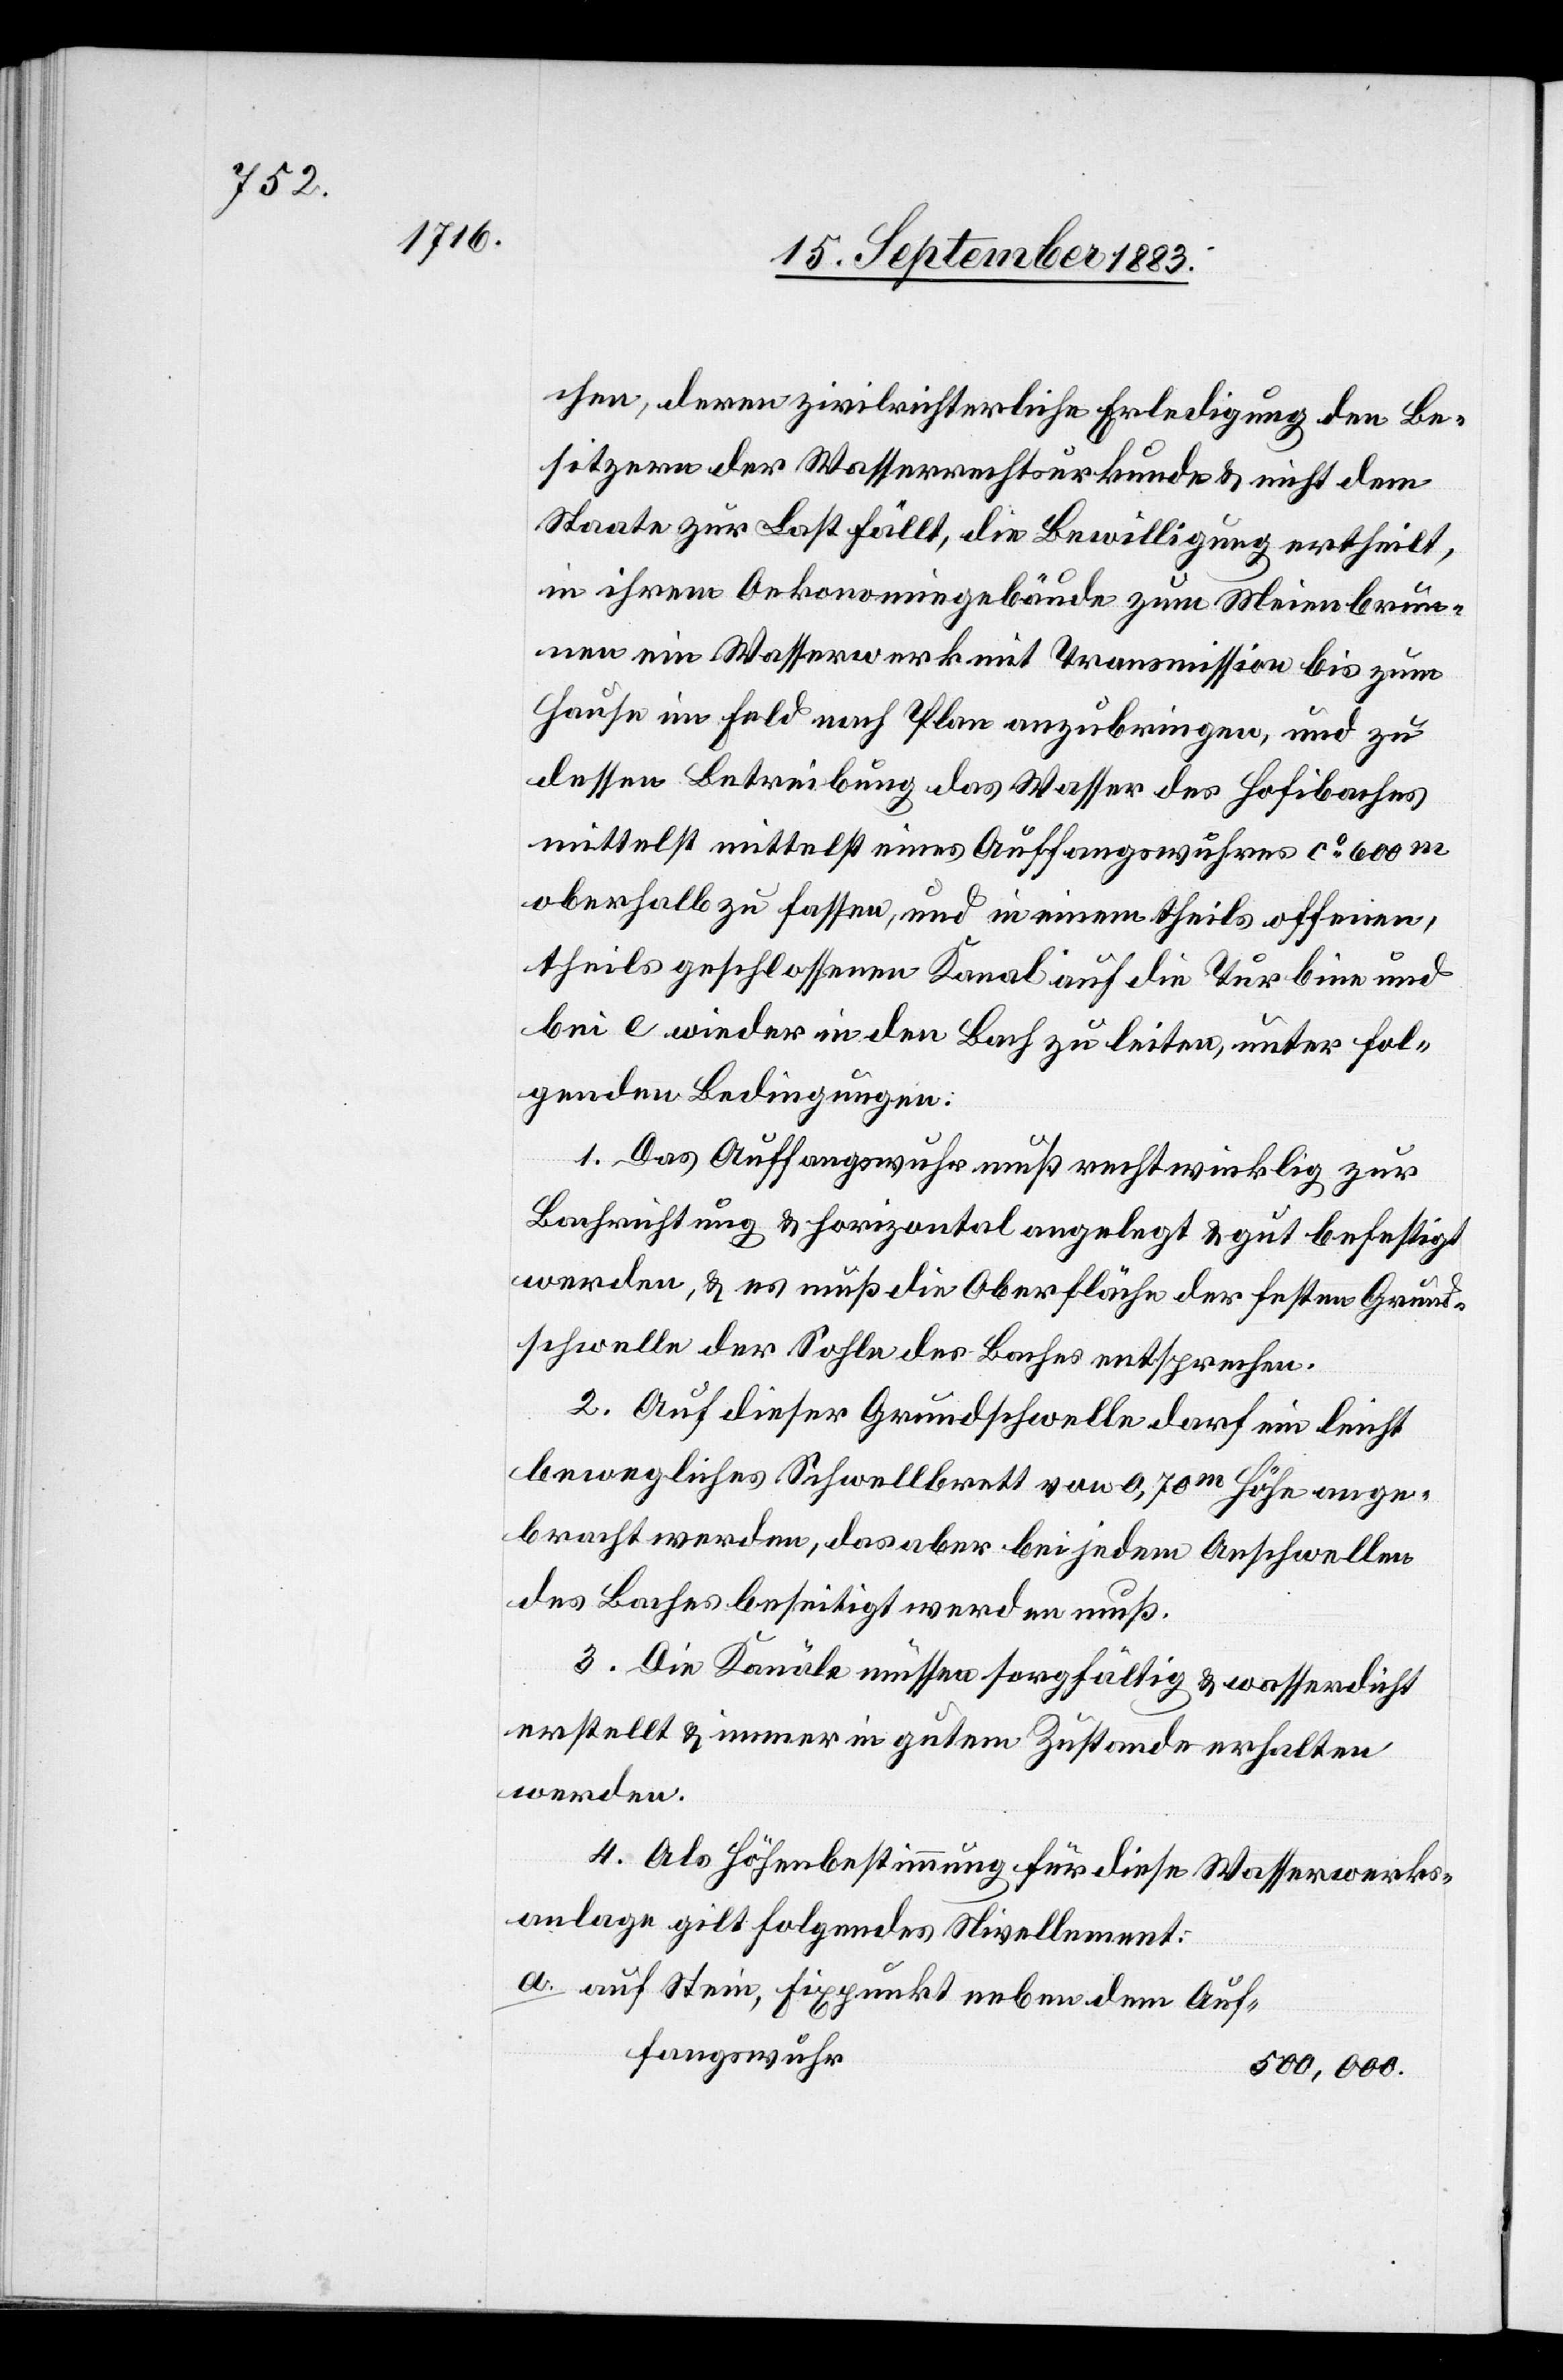
chen, deren zivilrichterliche Erledigung den Be¬
sitzern der Wasserrechtsurkunde & nicht dem
Staate zur Last fällt, die Bewilligung ertheilt,
in ihrem Oekonomiegebäude zum Meienbrun¬
nen ein Wasserwerk mit Transmission bis zum
Hause im Feld nach Plan anzubringen, und zu
dessen Betreibung das Wasser des Hofibaches
mittelst mittelst [sic!] eines Auffangswuhres ca 600m
oberhalb zu fassen, und in einem theils offenen,
theils geschlossenen Kanal auf die Turbine und
bei e wieder in den Bach zu leiten, unter fol¬
genden Bedingungen:
1. Das Auffangswuhr muß rechtwinklig zur
Bachrichtung & horizontal angelegt & gut befestigt
werden, & es muß die Oberfläche der festen Grund¬
schwelle der Sohle des Baches entsprechen.
2. Auf dieser Grundschwelle darf ein leicht
bewegliches Schwellbrett von 0,70m Höhe ange¬
bracht werden, das aber bei jedem Anschwellen
des Baches beseitigt werden muß.
3. Die Kanäle müssen sorgfältig erstellt
werden.
4. Als Höhenbestimmung für diese Wasserwerks¬
anlage gilt folgendes Nivellement:
auf Stein, Fixpunkt neben dem Auf¬
fangswuhr
500,000.